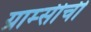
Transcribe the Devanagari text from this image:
ग्राम्सीची